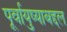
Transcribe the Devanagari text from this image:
पूर्वायुष्याबद्दल